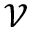
\mathcal { V }